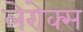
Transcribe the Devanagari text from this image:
लेरोक्स